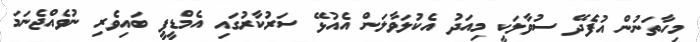
މިހާތަނުން އުފެދޭ ސުވާލަކީ މިއަދު އެކުލަވާލަން އެއުޅޭ ސަރުކާރުގައި އެމްޑީޕީ ބައިވެރި ނުވެއްޖެނަމަ